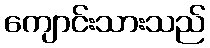
ကျောင်းသားသည်